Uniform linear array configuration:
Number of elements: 8
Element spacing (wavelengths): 1
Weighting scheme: exponential
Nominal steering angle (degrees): -45
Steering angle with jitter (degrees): -43.379
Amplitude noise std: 0.05
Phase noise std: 0.05

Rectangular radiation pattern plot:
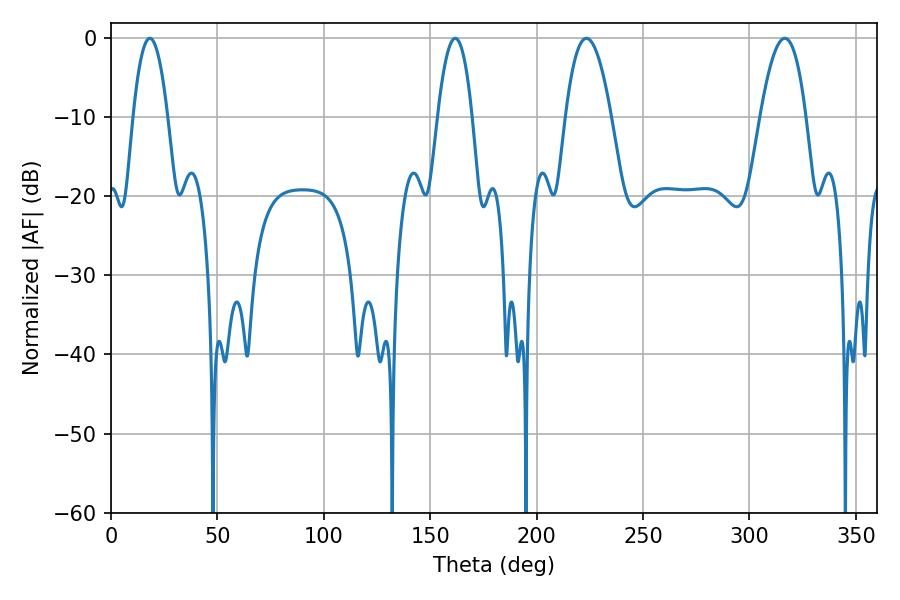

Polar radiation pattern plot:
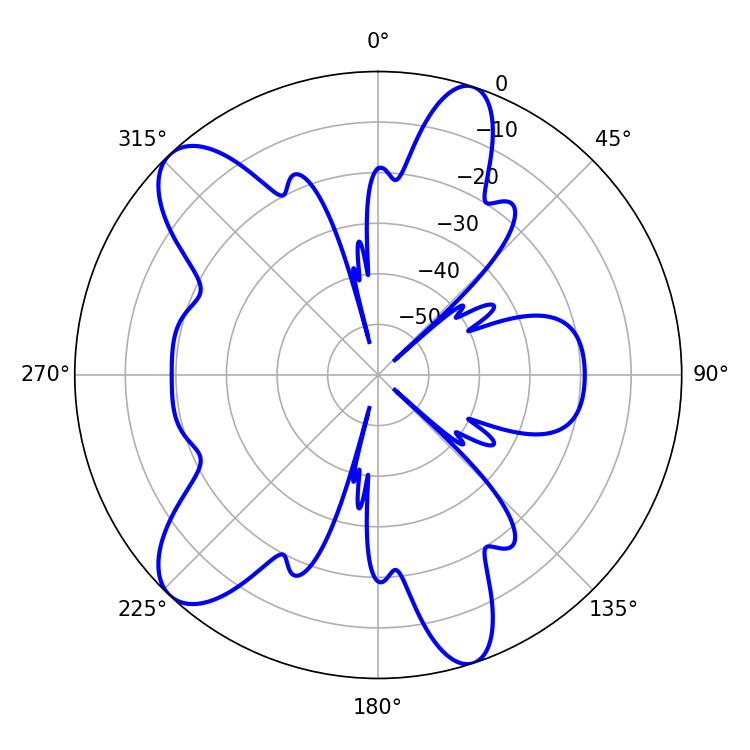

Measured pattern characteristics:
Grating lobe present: TRUE
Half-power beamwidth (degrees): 11.7
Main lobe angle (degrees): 223.38